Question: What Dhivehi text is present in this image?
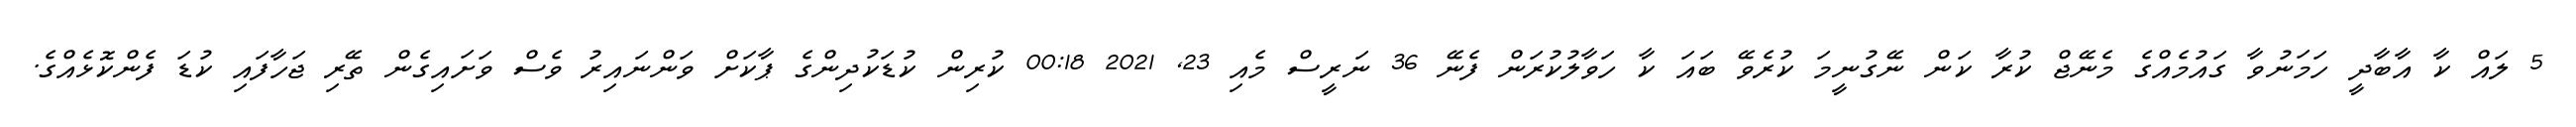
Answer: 5 ލައް ކާ އާބާދީ ހަމަނުވާ ގައުމެއްގެ މެނޭޖް ކުރާ ކަން ނޭގުނީމަ ކުރެވޭ ބައަ ކާ ހަވާލުކުރަން ފެނޭ 36 ނަރީސް މެއި 23, 2021 00:18 ކުރިން ކުޑަކުދިންގެ ޕާކަށް ވަންނައިރު ވެސް ވަށައިގެން ތޭރި ޖަހާފައި ކުޑަ ފެންކޮޅެއްގެ.